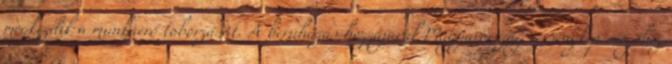
megkezdik a munkaerő toborzását. A beruházás hozzájárul Magyarország versenyképességéhez